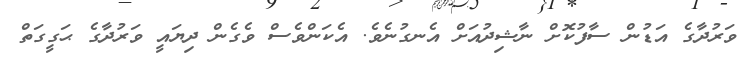
ވަރުދާގެ އަޑުން ސާފުކޮށް ނާޝިދުއަށް އެނގުނެވެ. އެކަންވެސް ވެގެން ދިޔައީ ވަރުދާގެ ޙަގީގަތް